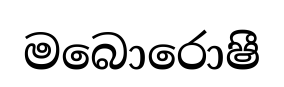
මබොරොෂී